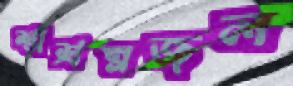
শ্মশ্রম্নজল